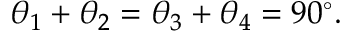
\theta _ { 1 } + \theta _ { 2 } = \theta _ { 3 } + \theta _ { 4 } = 9 0 ^ { \circ } .